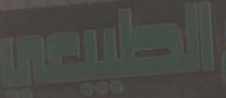
الطبيعي